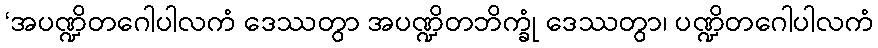
‘အပဏ္ဍိတဂေါပါလကံ ဒေဿတွာ အပဏ္ဍိတဘိက္ခုံ ဒေဿတွာ၊ ပဏ္ဍိတဂေါပါလကံ